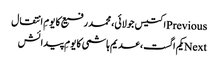
Previousاکتیس جولائی، محمد رفیع کا یومِ انتقال
Nextیکم اگست، عدیم ہاشمی کا یومِ پیدائش